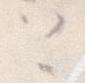
と